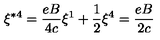
\xi ^ { \ast 4 } = \frac { e B } { 4 c } \xi ^ { 1 } + \frac { 1 } { 2 } \xi ^ { 4 } = \frac { e B } { 2 c }